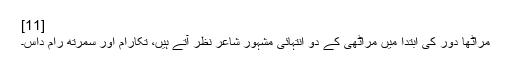
[11]
مراٹھا دور کی ابتدا میں مراٹھی کے دو انتہائی مشہور شاعر نظر آتے ہیں، تکارام اور سمرتھ رام داس۔